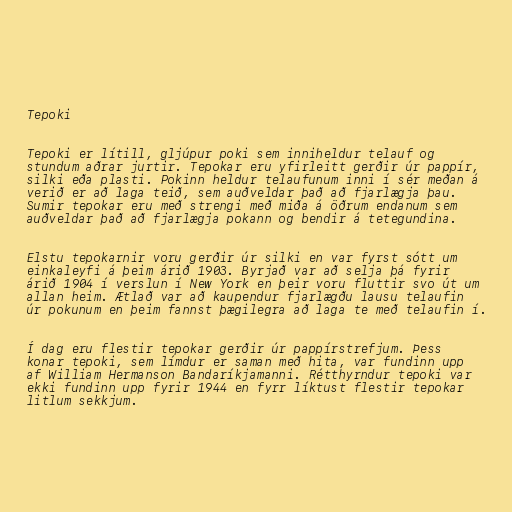
Tepoki

Tepoki er lítill, gljúpur poki sem inniheldur telauf og
stundum aðrar jurtir. Tepokar eru yfirleitt gerðir úr pappír,
silki eða plasti. Pokinn heldur telaufunum inni í sér meðan á
verið er að laga teið, sem auðveldar það að fjarlægja þau.
Sumir tepokar eru með strengi með miða á öðrum endanum sem
auðveldar það að fjarlægja pokann og bendir á tetegundina.

Elstu tepokarnir voru gerðir úr silki en var fyrst sótt um
einkaleyfi á þeim árið 1903. Byrjað var að selja þá fyrir
árið 1904 í verslun í New York en þeir voru fluttir svo út um
allan heim. Ætlað var að kaupendur fjarlægðu lausu telaufin
úr pokunum en þeim fannst þægilegra að laga te með telaufin í.

Í dag eru flestir tepokar gerðir úr pappírstrefjum. Þess
konar tepoki, sem límdur er saman með hita, var fundinn upp
af William Hermanson Bandaríkjamanni. Rétthyrndur tepoki var
ekki fundinn upp fyrir 1944 en fyrr líktust flestir tepokar
litlum sekkjum.